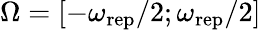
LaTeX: \Omega=[-\omega_{\mathrm{rep}}/2;\omega_{\mathrm{rep}}/2]